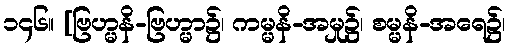
၁၄၆။ [ဗြဟ္မနိ-ဗြဟ္မာ၌၊ ကမ္မနိ-အမှု၌၊ စမ္မနိ-အရေ၌၊